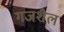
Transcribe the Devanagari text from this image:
गजशैल